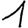
Digit: 1